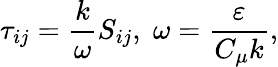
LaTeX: \tau_{ij}=\frac{k}{\omega}S_{ij},\; \omega=\frac{\varepsilon}{C_{\mu}k},